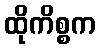
ထိုကိစ္စက